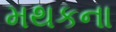
મથકના